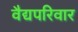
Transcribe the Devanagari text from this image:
वैद्यपरिवार